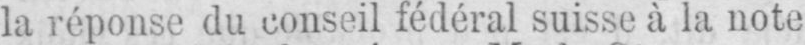
la réponse du conseil fédéral suisse à la note